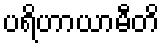
ပရိဟာယာမီတိ